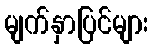
မျက်နှာပြင်များ